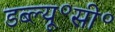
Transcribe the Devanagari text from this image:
डब्ल्यू॰सी॰